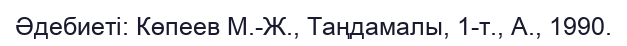
Әдебиеті: Көпеев М.-Ж., Таңдамалы, 1-т., А., 1990.